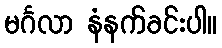
မင်္ဂလာ နံနက်ခင်းပါ။